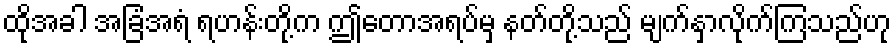
ထိုအခါ အခြံအရံ ရဟန်းတို့က ဤတောအရပ်မှ နတ်တို့သည် မျက်နှာလိုက်ကြသည်ဟု